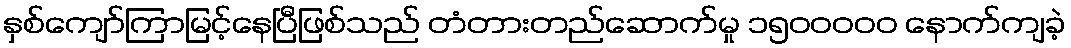
နှစ်ကျော်ကြာမြင့်နေပြီဖြစ်သည် တံတားတည်ဆောက်မှု ၁၅၀၀ဝဝဝ နောက်ကျခဲ့